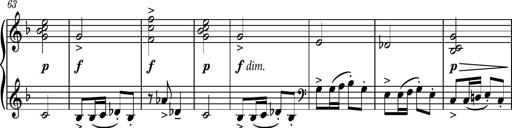
Title: Piano Sonatina No.8
Composer: Dimitri Sykias
Key: F major